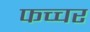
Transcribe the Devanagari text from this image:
फच्चर